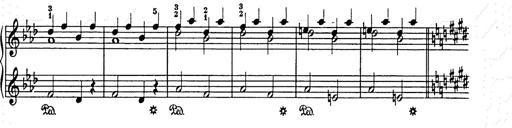
Title: Weihnachtsbaum
Composer: Franz Liszt